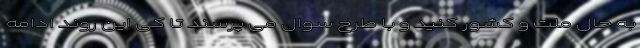
به حال ملت و کشور کنید و با طرح سوال می پرسند تا کی این روند ادامه